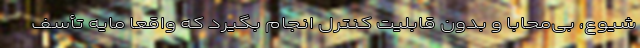
شیوع، بی‌محابا و بدون قابلیت کنترل انجام بگیرد که واقعاً مایه تأسف